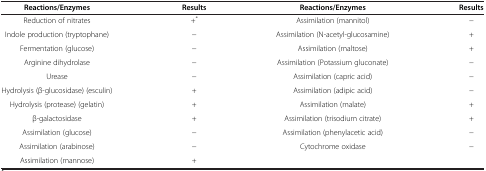
<table><thead><tr><td><b>Reactions/Enzymes</b></td><td><b>Results</b></td><td><b>Reactions/Enzymes</b></td><td><b>Results</b></td></tr></thead><tbody><tr><td>Reduction of nitrates</td><td>+<sup>*</sup></td><td>Assimilation (mannitol)</td><td>−</td></tr><tr><td>Indole production (tryptophane)</td><td>−</td><td>Assimilation (N-acetyl-glucosamine)</td><td>+</td></tr><tr><td>Fermentation (glucose)</td><td>−</td><td>Assimilation (maltose)</td><td>+</td></tr><tr><td>Arginine dihydrolase</td><td>−</td><td>Assimilation (Potassium gluconate)</td><td>−</td></tr><tr><td>Urease</td><td>−</td><td>Assimilation (capric acid)</td><td>−</td></tr><tr><td>Hydrolysis (β-glucosidase) (esculin)</td><td>+</td><td>Assimilation (adipic acid)</td><td>−</td></tr><tr><td>Hydrolysis (protease) (gelatin)</td><td>+</td><td>Assimilation (malate)</td><td>+</td></tr><tr><td>β-galactosidase</td><td>+</td><td>Assimilation (trisodium citrate)</td><td>+</td></tr><tr><td>Assimilation (glucose)</td><td>−</td><td>Assimilation (phenylacetic acid)</td><td>−</td></tr><tr><td>Assimilation (arabinose)</td><td>−</td><td>Cytochrome oxidase</td><td>−</td></tr><tr><td>Assimilation (mannose)</td><td>+</td><td> </td><td> </td></tr></tbody></table>